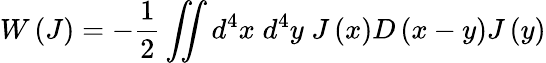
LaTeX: W\left(J\right)=-{\frac{1}{2}}\iint d^{4}x\; d^{4}y\; J\left(x\right)D\left(x-y\right)J\left(y\right)